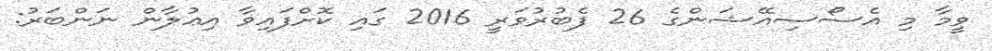
ވީމާ މި އެސޯސިއޭޝަންގެ 26 ފެބުރުވަރީ 2016 ގައި ކޮށްފައިވާ އިޢުލާން ނަންބަރު: